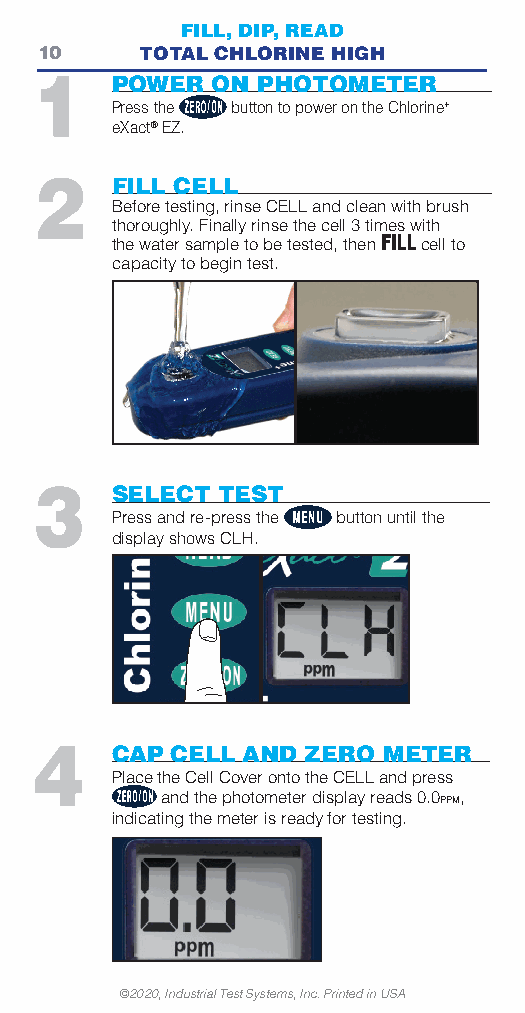
FILL, DIP, READ
 10     TOTAL CHLORINE HIGH
 1    POWER  ON PHOTOMETER
 Press the button to power on the Chlorine+
 eXact® EZ.
 2    FILL CELL
 Before testing, rinse CELL and clean with brush
 thoroughly. Finally rinse the cell 3 times with
 the water sample to be tested, thenFILLcell to
 capacity to begin test.
 3    SELECT TEST
 Press and re-press the button until the
 display shows CLH.
 4    CAP CELL AND ZERO METER
 Place the Cell Cover onto the CELL and press
 and the photometer display reads 0.0PPM,
 indicating the meter is ready for testing.
 ©2020, Industrial Test Systems, Inc. Printed in USA